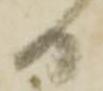
日